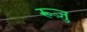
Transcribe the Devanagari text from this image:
रूज़ु